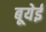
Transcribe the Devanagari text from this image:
बूयेई